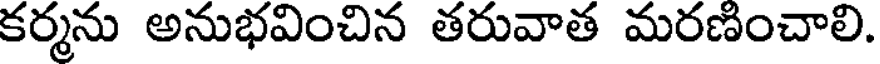
కర్మను అనుభవించిన తరువాత మరణించాలి.